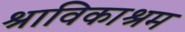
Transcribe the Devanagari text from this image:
श्राविकाश्रम